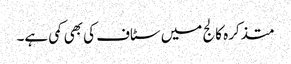
متذکرہ کالج میں سٹاف کی بھی کمی ہے۔